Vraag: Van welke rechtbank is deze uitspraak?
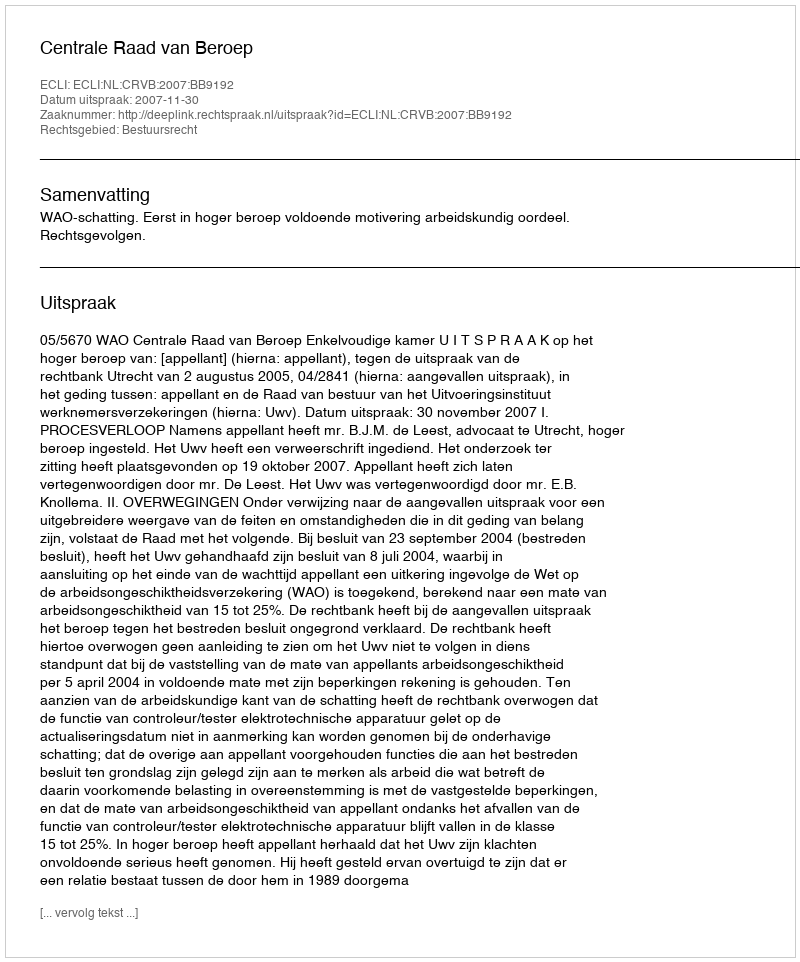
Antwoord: Centrale Raad van Beroep